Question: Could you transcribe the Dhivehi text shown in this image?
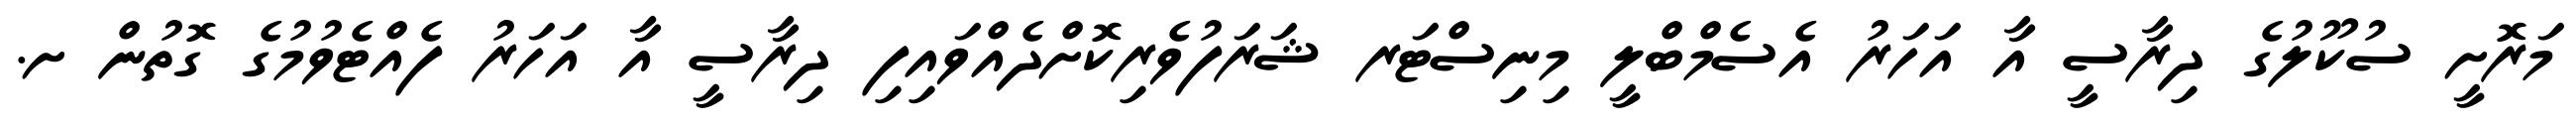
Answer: މަރޮށީ ސުކޫލުގެ ދިރާސީ އާ އަހަރު އެސެމްބްލީ މިނިސްޓަރ ޝަރަފުވެރިކޮށްދެއްވައިފި ދިރާސީ އާ އަހަރު ފެއްޓެވުމުގެ ގޮތުން ށ.